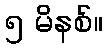
၅ မိနစ်။